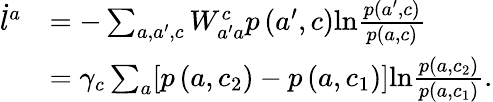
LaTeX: \begin{array}{rl}{\dot{l}^{a}}&{=-\sum_{a,a^{\prime},c}W_{a^{\prime}a}^{c}p\left(a^{\prime},c\right)\mathrm{ln}\frac{p\left(a^{\prime},c\right)}{p\left(a,c\right)}}\\ &{=\gamma_{c}\sum_{a}[p\left(a,c_{2}\right)-p\left(a,c_{1}\right)]\mathrm{ln}\frac{p\left(a,c_{2}\right)}{p\left(a,c_{1}\right)}.}\end{array}